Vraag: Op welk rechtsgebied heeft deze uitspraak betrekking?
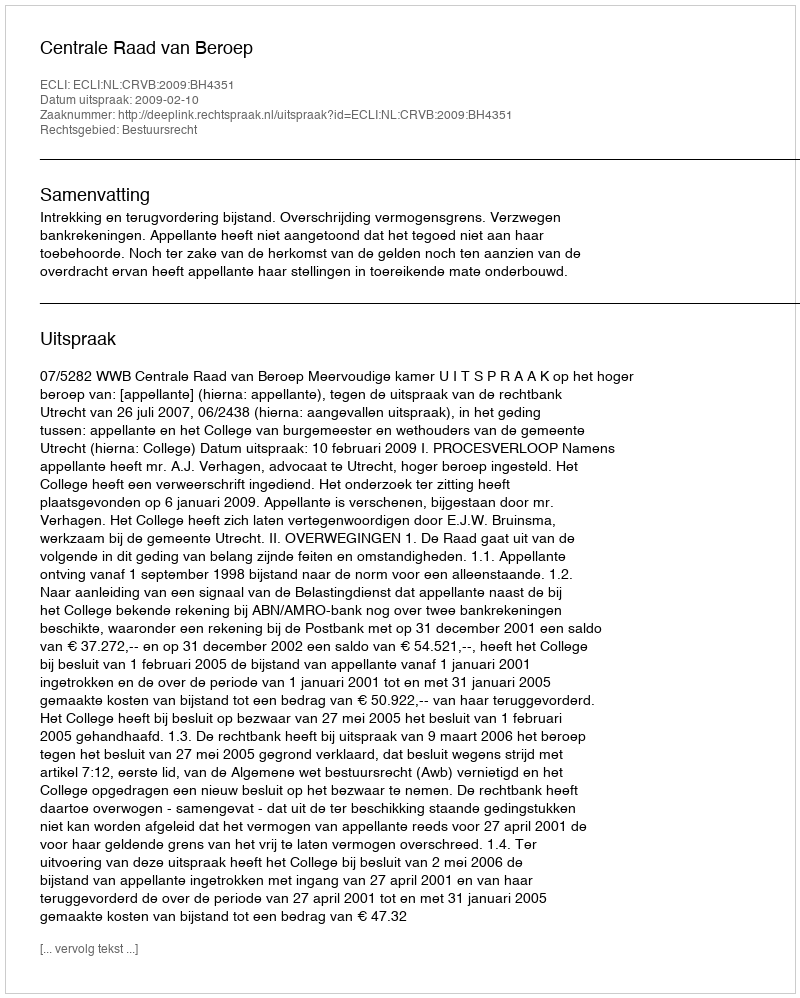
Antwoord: Bestuursrecht